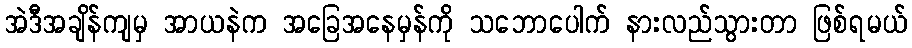
အဲဒီအချိန်ကျမှ အာယနဲက အခြေအနေမှန်ကို သဘောပေါက် နားလည်သွားတာ ဖြစ်ရမယ်